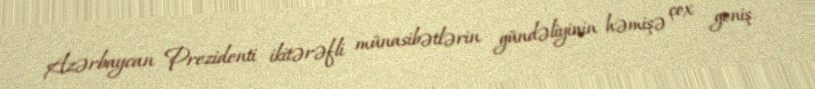
Azərbaycan Prezidenti ikitərəfli münasibətlərin gündəliyinin həmişə çox geniş